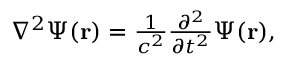
\begin{array} { r } { \nabla ^ { 2 } \Psi ( { \bf r } ) = \frac { 1 } { c ^ { 2 } } \frac { \partial ^ { 2 } } { \partial t ^ { 2 } } \Psi ( { \bf r } ) , } \end{array}